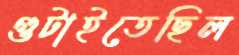
গুটাইতেছিল